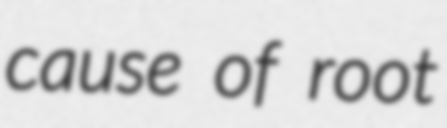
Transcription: cause of root